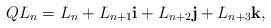
LaTeX: \begin{align*}QL_{n}=L_{n}+L_{n+1}\textbf{i}+L_{n+2}\textbf{j}+L_{n+3}\textbf{k},\end{align*}